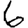
Digit: 6